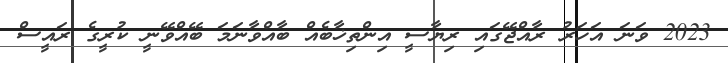
2023 ވަނަ އަހަރު ރާއްޖޭގައި ރިޔާސީ އިންތިޚާބެއް ބާއްވާނަމަ ބޭއްވޭނީ ކުރީގެ ރައީސް